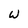
Character: W